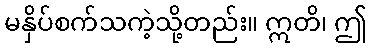
မနှိပ်စက်သကဲ့သို့တည်း။ ဣတိ၊ ဤ